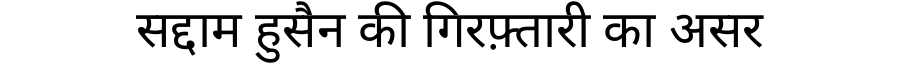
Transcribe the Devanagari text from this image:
सद्दाम हुसैन की गिरफ़्तारी का असर